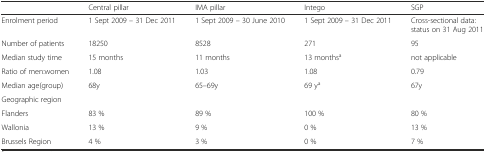
<table><thead><tr><td></td><td><b>Central pillar</b></td><td><b>IMA pillar</b></td><td><b>Intego</b></td><td><b>SGP</b></td></tr></thead><tbody><tr><td>Enrolment period</td><td>1 Sept 2009 – 31 Dec 2011</td><td>1 Sept 2009 – 30 June 2010</td><td>1 Sept 2009 – 31 Dec 2011</td><td>Cross-sectional data: status on 31 Aug 2011</td></tr><tr><td>Number of patients</td><td>18250</td><td>8528</td><td>271</td><td>95</td></tr><tr><td>Median study time</td><td>15 months</td><td>11 months</td><td>13 months<sup>a</sup></td><td>not applicable</td></tr><tr><td>Ratio of men:women</td><td>1.08</td><td>1.03</td><td>1.08</td><td>0.79</td></tr><tr><td>Median age(group)</td><td>68y</td><td>65–69y</td><td>69 y<sup>a</sup></td><td>67y</td></tr><tr><td>Geographic region</td><td></td><td></td><td></td><td></td></tr><tr><td>Flanders</td><td>83 %</td><td>89 %</td><td>100 %</td><td>80 %</td></tr><tr><td>Wallonia</td><td>13 %</td><td>9 %</td><td>0 %</td><td>13 %</td></tr><tr><td>Brussels Region</td><td>4 %</td><td>3 %</td><td>0 %</td><td>7 %</td></tr></tbody></table>